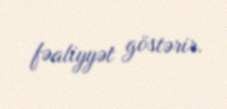
fəaliyyət göstərir.